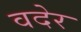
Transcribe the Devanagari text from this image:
वदेर